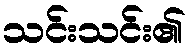
သင်းသင်း၏